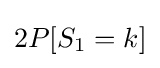
2P[S_{1}=k]